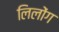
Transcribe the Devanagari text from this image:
लिलोंग